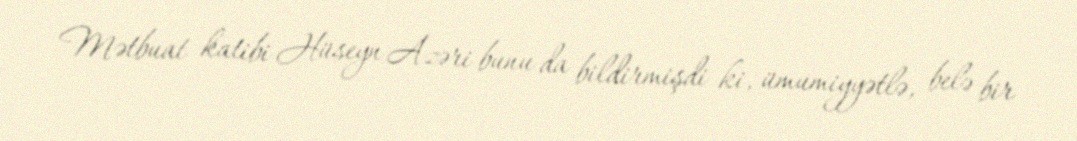
Mətbuat katibi Hüseyn Azəri bunu da bildirmişdi ki, ümumiyyətlə, belə bir